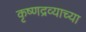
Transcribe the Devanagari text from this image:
कृष्णद्रव्याच्या